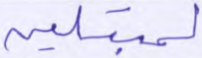
لمبتلين